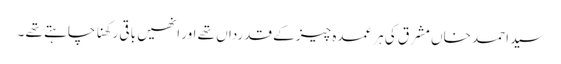
سید احمد خاں مشرق کی ہر عمدہ چیز کے قدرداں تھے اور انھیں باقی رکھنا چاہتے تھے ۔